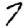
Digit: 7